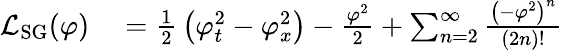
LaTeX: \begin{array}{rl}{{\mathcal{L}}_{\mathrm{SG}}(\varphi)}&{{}={\frac{1}{2}}\left(\varphi_{t}^{2}-\varphi_{x}^{2}\right)-{\frac{\varphi^{2}}{2}}+\sum_{n=2}^{\infty}{\frac{\left(-\varphi^{2}\right)^{n}}{(2n)!}}}\end{array}